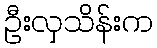
ဦးလှသိန်းက